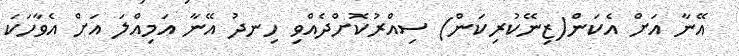
އޭނާ އަށް އެކަން(ޒިނޭކުރިކަން) ސިއްރުކޮށްދެއްވި ހިނދު އޭނާ އަމިއްލަ އަށް އެވާހަކަ